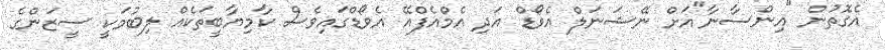
އެގޮތުން "އިންސާނާ"އަށް ނޭޝަނަލް އެވޯޑް އަދި އެމްއެފްއޭ އެވޯޑްގައިވެސް ކާމިޔާބީތަކެއް ލިބުމަކީ ސީޒަންގެ